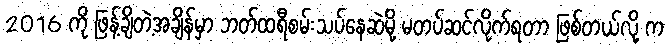
2016 ကို ဖြန့်ချိတဲ့အချိန်မှာ ဘတ်ထရီစမ်းသပ်နေဆဲမို့ မတပ်ဆင်လိုက်ရတာ ဖြစ်တယ်လို့ က